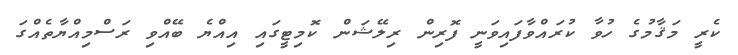
ކެރީ މަޤާމުގެ ހުވާ ކުރައްވާފައިވަނީ ފޮރިން ރިލޭޝަން ކޮމިޓީގައި އިއްޔެ ބޭއްވި ރަސްމިއްޔާތެއްގަ